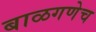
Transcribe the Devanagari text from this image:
बाळगणेच